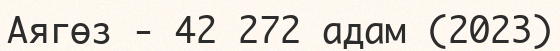
Аягөз - 42 272 адам (2023)